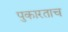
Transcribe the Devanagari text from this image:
पुकारताच